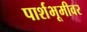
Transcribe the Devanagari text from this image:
पार्शभूमीवर